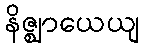
နိဇ္ဈာယေယျ